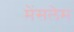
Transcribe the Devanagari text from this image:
मेंसलेम